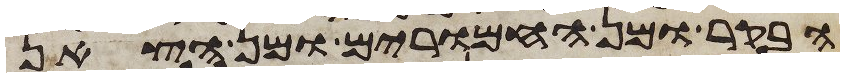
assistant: הבקר ומן החמרים ומן הצאן